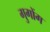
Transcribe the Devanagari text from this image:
गुगोंग